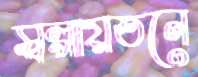
স্বল্পায়তনে